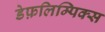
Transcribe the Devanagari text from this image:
डेफ़लिम्पिक्स